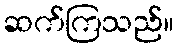
ဆက်ကြသည်။